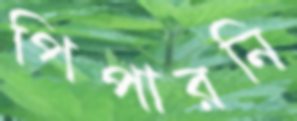
পিপারনি